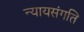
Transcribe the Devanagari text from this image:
न्यायसंगति